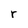
Character: r